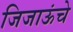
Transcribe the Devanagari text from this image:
जिजाऊंचे